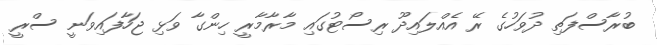
ބުރާސްފަތި ދުވަހުގެ ރޭ އެއްލައިދޫ ރިސޯޓުގައި މާރާމާރީ ހިންގާ ވަޅި ޖަހާފައިވަނީ ސްރީ